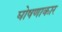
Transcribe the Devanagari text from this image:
घोषणाकार